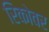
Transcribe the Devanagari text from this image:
रिकोवर